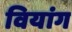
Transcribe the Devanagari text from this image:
वियांग